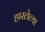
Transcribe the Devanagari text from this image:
हारलेल्या